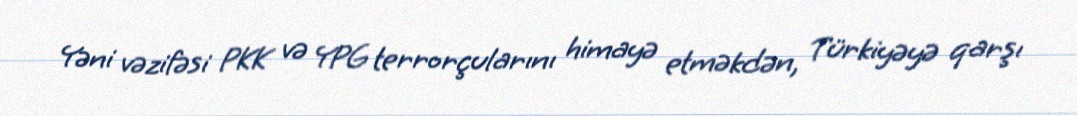
Yəni vəzifəsi PKK və YPG terrorçularını himayə etməkdən, Türkiyəyə qarşı